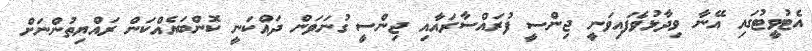
އެޓުވީޓުގައި އޭނާ ވިދާޅުވެފައިވަނީ ޖިންސީ ފުރައްސާރައާއި ޖިންސީ ގުނަވަން ދައްކަނީ ކޮންބައެއްކަން ރައްޔިތުންނަށް